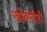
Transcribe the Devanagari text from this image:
खोबणीही